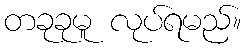
တခုခုမူ လုပ်ရမည်။